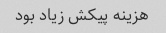
هزینه پیکش زیاد بود